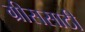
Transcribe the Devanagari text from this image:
ग्रीससाठी